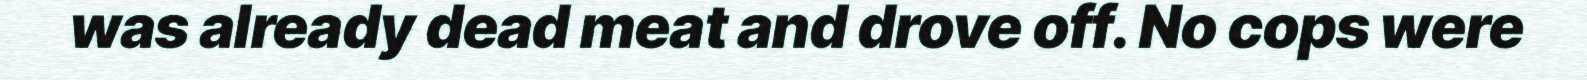
was already dead meat and drove off. No cops were